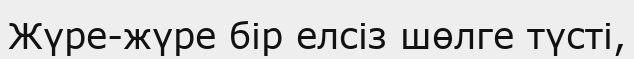
Жүре-жүре бір елсіз шөлге түсті,